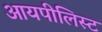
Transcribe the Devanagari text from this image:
आयपीलिस्ट